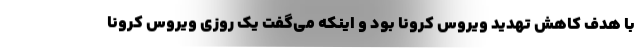
با هدف کاهش تهدید ویروس کرونا بود و اینکه می‌گفت یک روزی ویروس کرونا